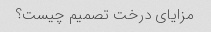
مزایای درخت تصمیم چیست؟